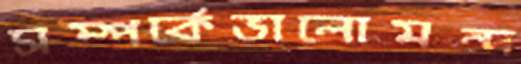
সম্পর্কেভালোমন্দ